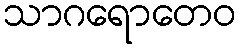
သာဂရောတေဝ